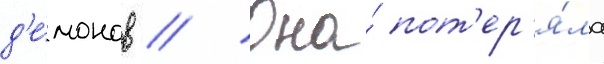
д'е́монов // Она́ пот'ер'я́ла